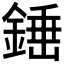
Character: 𨪸